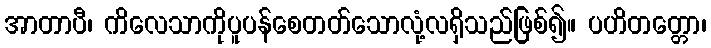
အာတာပီ၊ ကိလေသာကိုပူပန်စေတတ်သောလုံ့လရှိသည်ဖြစ်၍။ ပဟိတတ္တော၊